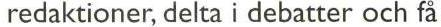
redaktioner, delta i debatter och få